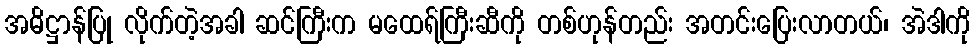
အဓိဋ္ဌာန်ပြု လိုက်တဲ့အခါ ဆင်ကြီးက မထေရ်ကြီးဆီကို တစ်ဟုန်တည်း အတင်းပြေးလာတယ်၊ အဲဒါကို